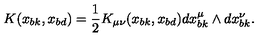
K ( x _ { b k } , x _ { b d } ) = { \frac { 1 } { 2 } } K _ { \mu \nu } ( x _ { b k } , x _ { b d } ) d x _ { b k } ^ { \mu } \wedge d x _ { b k } ^ { \nu } .